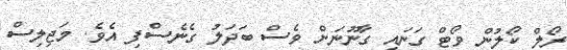
ރޯލް ކޯލުން ވޯޓް ގަނައި ގާނޫނަށް ވެސް ބަދަލު ގެނެސްފި އެވެ. މަޖިލިސް